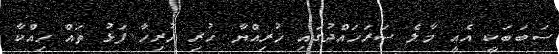
ސަބަބަކީ އެއީ މާލެ ސަރަހައްދުގައި ހުރިއްޔާ ހުރި ހުރިހާ ފަޅު ތައް ހިއްކާ